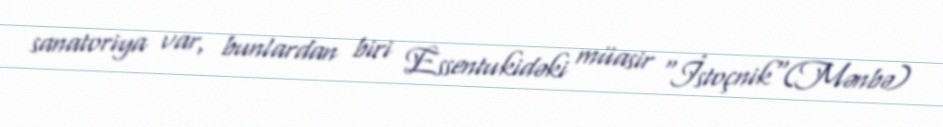
sanatoriya var, bunlardan biri Essentukidəki müasir "İstoçnik"(Mənbə)